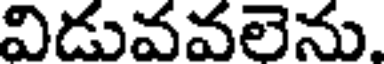
విడువవలెను.